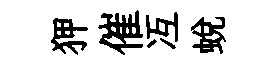
狎催冱蜕